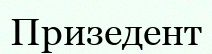
Призедент